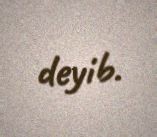
deyib.